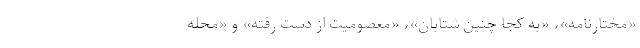
«مختارنامه»، «به کجا چنین شتابان»، «معصومیت از دست رفته» و «محله